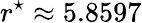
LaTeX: r^{\star}\approx 5.8597